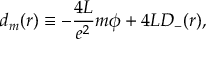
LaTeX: d _ { m } ( r ) \equiv - \frac { 4 L } { e ^ { 2 } } m { \phi } + 4 L D _ { - } ( r ) ,